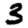
Digit: 3